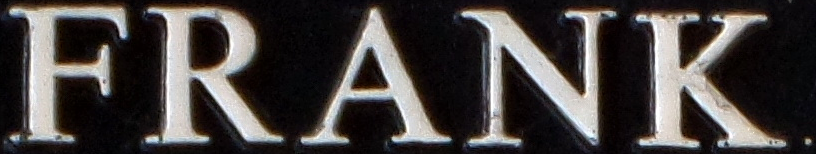
FRANK